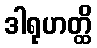
ဒါရုဟတ္ထိ